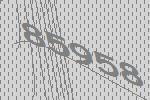
85958